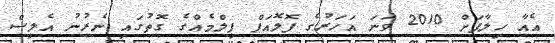
އެއާ ހިލާފަށް 2010 ވަނަ އަހަރުގެ ފޮލޮއަޕް ފިލްމެއްގެ ގޮތުގައި ނެރުނު އެލިސް